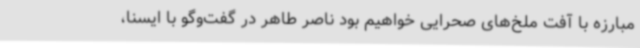
مبارزه با آفت ملخ‌های صحرایی خواهیم بود ناصر طاهر در گفت‌وگو با ایسنا،